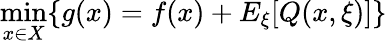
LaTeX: \operatorname*{min}_{x\in X}\{ g(x)=f(x)+E_{\xi}[Q(x,\xi)]\}